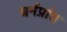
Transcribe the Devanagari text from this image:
धर्मप्रांत